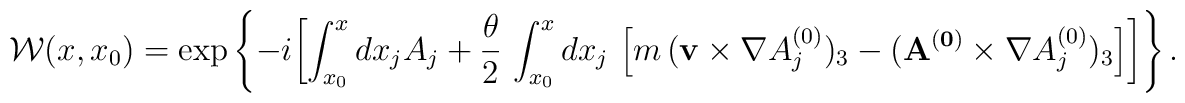
{\cal W}(x,x_0) =\exp\left\{-i\biggl[ \int_{x_0}^x dx_j A_j    + \frac{\theta}{2}\,  \int_{x_0}^x dx_j \,\left[ m \, ({\bf v}\times    \nabla A^{(0)}_j)_3  - ({\bf A^{(0)}}\times \nabla A^{(0)}_j)_3    \right]\biggr]\right\}.